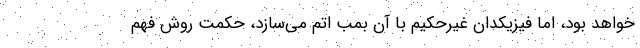
خواهد بود، اما فیزیکدان غیرحکیم با آن بمب اتم می‌سازد، حکمت روش فهم